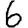
Digit: 6